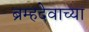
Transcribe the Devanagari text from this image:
ब्रम्हदेवाच्या